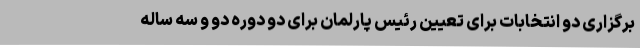
برگزاری دو انتخابات برای تعیین رئیس پارلمان برای دو دوره دو و سه ساله